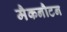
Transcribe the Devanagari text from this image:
मैकनौटन